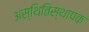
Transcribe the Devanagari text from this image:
अस्थितिस्थापक